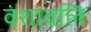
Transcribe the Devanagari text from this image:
वंशावलि